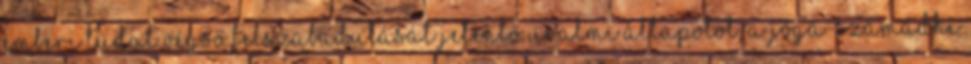
emberi tudat végső felszabadulását jelentő uralmi állapotot, a jóga-szamádhi